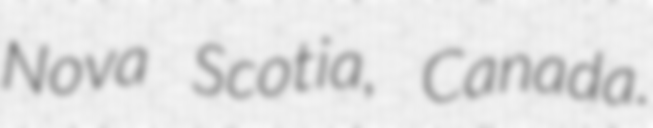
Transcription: Nova Scotia, Canada.